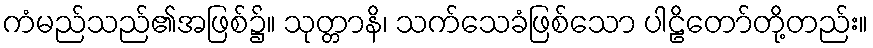
ကံမည်သည်၏အဖြစ်၌။ သုတ္တာနိ၊ သက်သေခံဖြစ်သော ပါဠိတော်တို့တည်း။